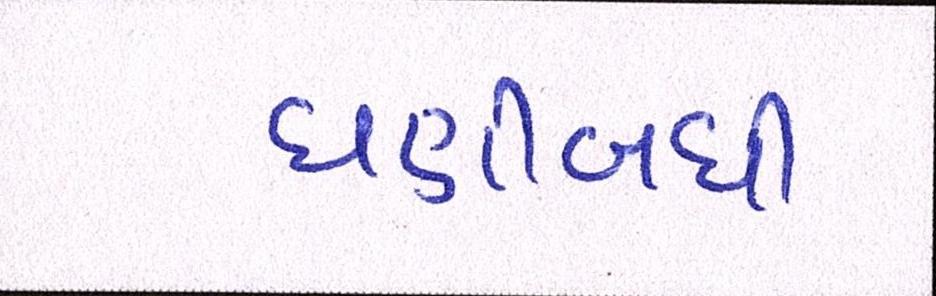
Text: ઘણીબધી